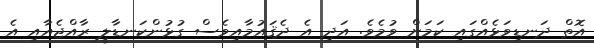
އޮތް ދަނޑިވަޅެއްގައި ކަމަށް ވުމެވެ. އަދި އެ ދެޤައުމާއިވެސް ގުޅުންކަނޑާލީ ރާއްޖެއާއި އެ